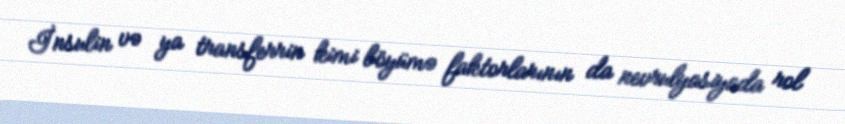
İnsulin və ya transferrin kimi böyümə faktorlarının da nevrulyasiyada rol